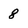
Character: 8